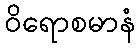
ဝိရောစမာနံ